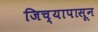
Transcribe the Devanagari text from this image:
जिच्यापासून